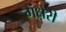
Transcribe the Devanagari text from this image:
गंधेरी